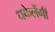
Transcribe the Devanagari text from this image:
धकेलेंगी